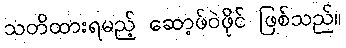
သတိထားရမည့် ဆော့ဖ်ဝဲဖိုင် ဖြစ်သည်။